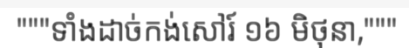
"""ទាំងដាច់កង់សៅរ៍ ១៦ មិថុនា,"""